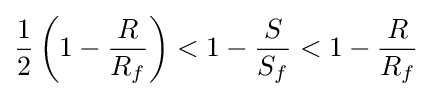
{\frac {1}{2}}\left(1-{\frac {R}{R_{f}}}\right)<1-{\frac {S}{S_{f}}}<1-{\frac {R}{R_{f}}}